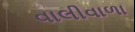
વાલીવાળા